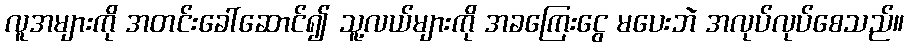
လူအများကို အတင်းခေါ်ဆောင်၍ သူ့လယ်များကို အခကြေးငွေ မပေးဘဲ အလုပ်လုပ်စေသည်။